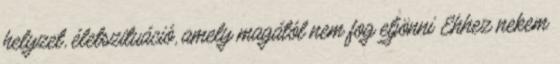
helyzet, életszituáció, amely magától nem fog eljönni Ehhez nekem